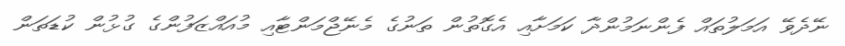
ނޭޭދެވޭ އަމަލުތައް ފެންނަމުންދާ ކަމަށާއި އެގޮތުން ތަނުގެ މެނޭޖްމަންޓާއި މުއައްޒަފުންގެ ގުޅުން ކުޑަތަން